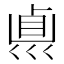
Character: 𠨀